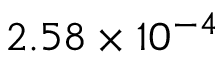
2 . 5 8 \times 1 0 ^ { - 4 }